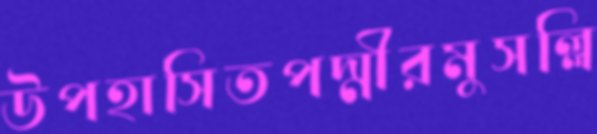
উপহাসিতপদ্মীরমুসল্লি